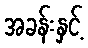
အခန်းနှင့်